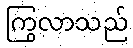
ကြွလာသည်